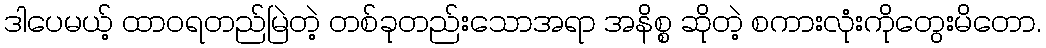
ဒါပေမယ့် ထာဝရတည်မြဲတဲ့ တစ်ခုတည်းသောအရာ အနိစ္စ ဆိုတဲ့ စကားလုံးကိုတွေးမိတော.